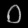
Digit: ၀